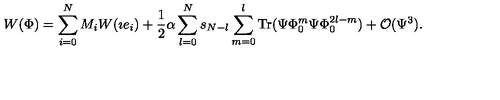
W ( \Phi ) = \sum _ { i = 0 } ^ { N } M _ { i } W ( \imath e _ { i } ) + \frac { 1 } { 2 } \alpha \sum _ { l = 0 } ^ { N } s _ { N - l } \sum _ { m = 0 } ^ { l } \mathrm { T r } ( \Psi \Phi _ { 0 } ^ { m } \Psi \Phi _ { 0 } ^ { 2 l - m } ) + { \cal O } ( \Psi ^ { 3 } ) .